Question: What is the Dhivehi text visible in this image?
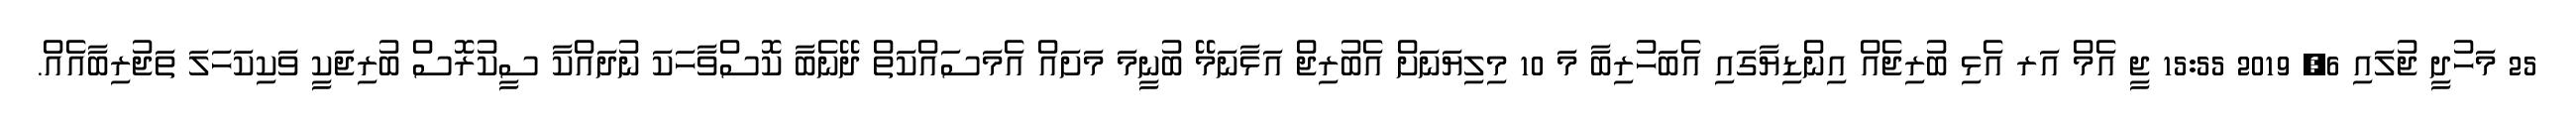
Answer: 25 މަހުދީ ޖުލައި 6, 2019 15:55 ޖީ އެމް އަރ އެޅި ބުރިޖެއް އިންޑިޔާގައި އެބަހުރިބާ މަ 10 މިލިޔަނަށް އެބުރިޖް އަޅާނަމޭ ބުނީމަ މަށައް އެމަސައްކަތް ދޭނެބާ ކޮސްވާހަކަ ނުދައްކާ ސީކުރޮސް ބުރިޖަކީ ވަކިކަހަލަ ތަޖުރިބާއެއް.